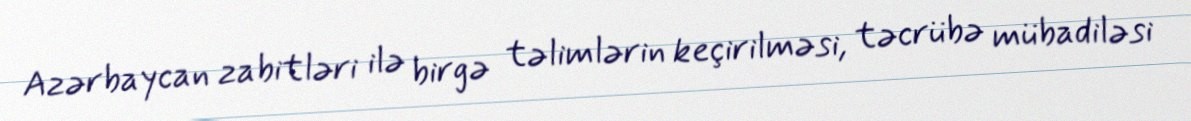
Azərbaycan zabitləri ilə birgə təlimlərin keçirilməsi, təcrübə mübadiləsi